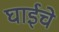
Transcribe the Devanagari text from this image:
घाईचे